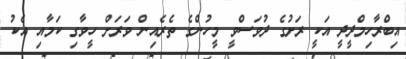
އިބްރާހިމްދީދީ އަކީ ރަށުގެ ދުވަސްވީ މީހުންގެ ތެރެއިން ވަރަށް ހީވާގި ކަމާއި އެކު